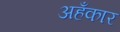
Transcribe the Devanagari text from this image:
अहँकार